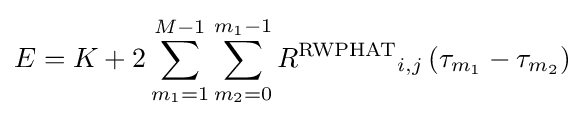
E=K+2\sum _{{m}_{1}=1}^{M-1}\sum _{{m}_{2}=0}^{{m}_{1}-1}{{R}^{\text{RWPHAT}}}_{i,j}\left({\tau }_{{m}_{1}}-{\tau }_{{m}_{2}}\right)